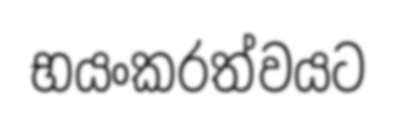
භයංකරත්වයට